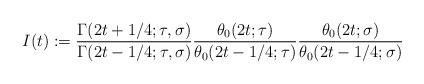
LaTeX: \begin{align*}I(t) := \frac{\Gamma(2t + 1/4; \tau, \sigma)}{\Gamma(2t - 1/4; \tau, \sigma)} \frac{\theta_0(2t; \tau)}{\theta_0(2t - 1/4; \tau)} \frac{\theta_0(2t; \sigma)}{\theta_0(2t - 1/4; \sigma)}\end{align*}